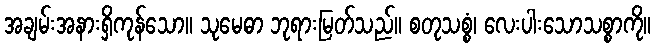
အချမ်းအနားရှိကုန်သော။ သုမေဓာ ဘုရားမြတ်သည်။ စတုသစ္စံ၊ လေးပါးသောသစ္စာကို။